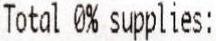
TOTAL 0% SUPPLIES: